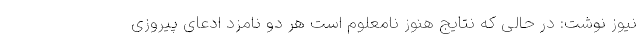
نیوز نوشت: در حالی که نتایج هنوز نامعلوم است هر دو نامزد ادعای پیروزی